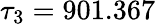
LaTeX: \tau_{3}=901.367